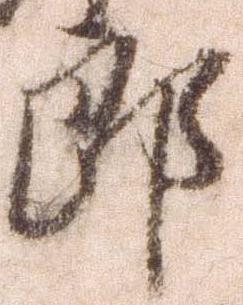
郎